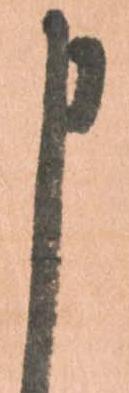
申